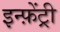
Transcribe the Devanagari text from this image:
इन्फ़ेंट्री